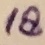
Text: 18